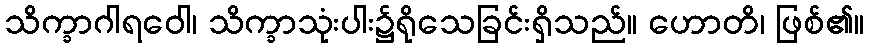
သိက္ခာဂါရဝေါ၊ သိက္ခာသုံးပါး၌ရိုသေခြင်းရှိသည်။ ဟောတိ၊ ဖြစ်၏။